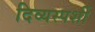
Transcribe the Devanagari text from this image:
दिव्यस्पर्शी